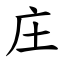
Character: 庄